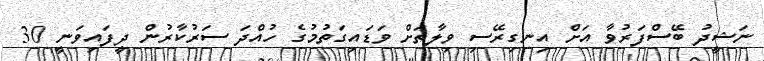
ނަޝީދު ބޭސްފަރުވާ އަށް އިނގިރޭސި ވިލާތަށް ވަޑައިގަތުމުގެ ހުއްދަ ސަރުކާރުން ދީފައިވަނީ 30